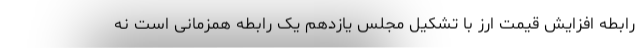
رابطه افزایش قیمت ارز با تشکیل مجلس یازدهم یک رابطه همزمانی است نه